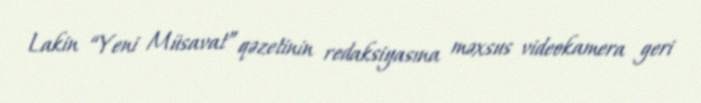
Lakin “Yeni Müsavat” qəzetinin redaksiyasına məxsus videokamera geri